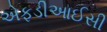
એફડીઆઈસી